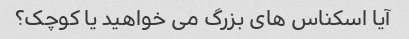
آیا اسکناس های بزرگ می خواهید یا کوچک؟